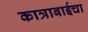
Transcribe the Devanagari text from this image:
कात्राबाईचा